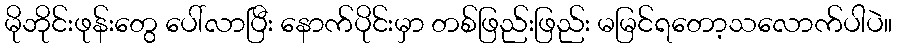
မိုဘိုင်းဖုန်းတွေ ပေါ်လာပြီး နောက်ပိုင်းမှာ တစ်ဖြည်းဖြည်း မမြင်ရတော့သလောက်ပါပဲ။